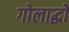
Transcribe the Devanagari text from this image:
गोलाद्धो